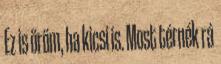
Ez is öröm, ha kicsi is. Most térnék rá